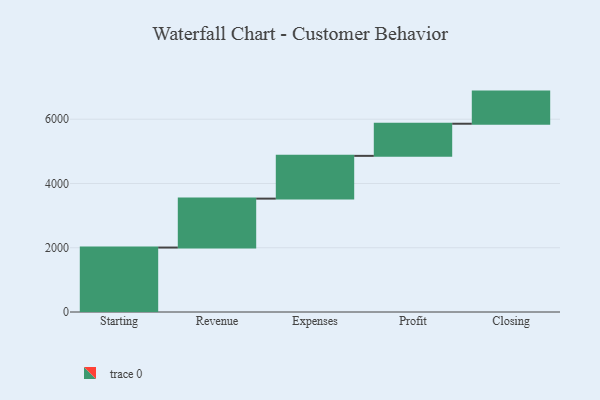
{"axis": {"x": "Step", "y": "Value"}, "legend": [""], "data": [{"x": "Starting", "y": 2006.0, "type": ""}, {"x": "Revenue", "y": 1523.0, "type": ""}, {"x": "Expenses", "y": 1331.0, "type": ""}, {"x": "Profit", "y": 1000, "type": ""}, {"x": "Closing", "y": 1000, "type": ""}]}